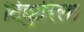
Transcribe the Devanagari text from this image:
टिक्कुरिला